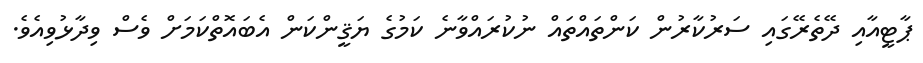
ޕާޓީއާއި ދޭތެރޭގައި ސަރުކާރުން ކަންތައްތައް ނުކުރައްވާނެ ކަމުގެ ޔަޤީންކަން އެބައޮތްކަމަށް ވެސް ވިދާޅުވިއެވެ.